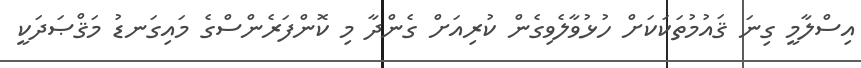
އިސްލާމީ ގިނަ ޤައުމުތަކަކަށް ހުޅުވާލެވިގެން ކުރިއަށް ގެންދާ މި ކޮންފަރެންސްގެ މައިގަނޑު މަޤްޞަދަކީ